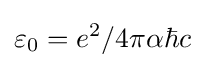
\varepsilon _{0}=e^{2}/4\pi \alpha \hbar c